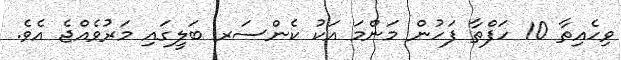
ވިހެއިތާ 10 ހަފްތާ ފަހުން މަންމަ އަކު ކެންސަރ ބަލީގައި މަރުވެއްޖެ އެވެ.